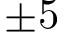
\pm 5